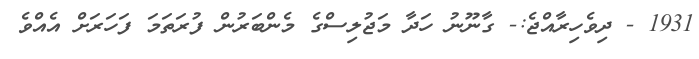
1931 - ދިވެހިރާއްޖެ:- ގާނޫނު ހަދާ މަޖުލިސްގެ މެންބަރުން ފުރަތަމަ ފަހަރަށް އެއްވެ